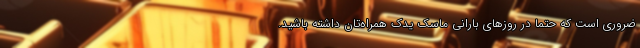
ضروری است که حتما در روزهای بارانی ماسک یدک همراه‌تان داشته باشید.